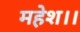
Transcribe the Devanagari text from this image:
महेश।।